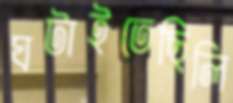
ঘটাইতেছিলি